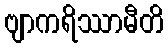
ဗျာကရိဿာမီတိ